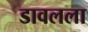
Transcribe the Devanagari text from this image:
डावलला